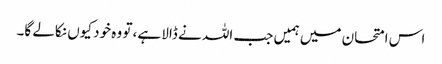
اس امتحان میں ہمیں جب اللہ نے ڈالا ہے، تو وہ خود کیوں نکالے گا۔